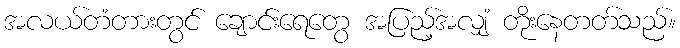
အလယ်တံတားတွင် ချောင်းရေတွေ အပြည့်အလျှံ တိုးနေတတ်သည်။